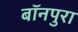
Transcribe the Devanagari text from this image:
बॉनपुरा